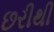
છરીથી